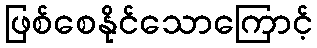
ဖြစ်စေနိုင်သောကြောင့်